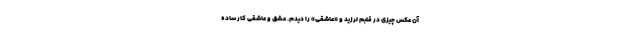
آن عکس چیزی در قلبم لرزید و «عاشقی» را دیدم. عشق و عاشقی کار ساده